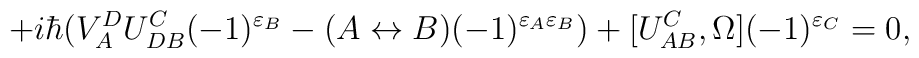
+i\hbar(V^D_AU^C_{DB}(-1)^{\varepsilon_B}-(A\leftrightarrow B)(-1)^{\varepsilon_A\varepsilon_B})+[U^C_{AB},\Omega](-1)^{\varepsilon_C}=0,